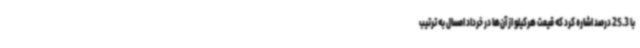
با 25.3 درصد اشاره کرد که قیمت هرکیلو از آن‌ها در خرداد امسال به ترتیب